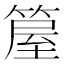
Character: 箼